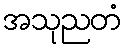
အသုညတံ